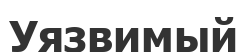
Уязвимый